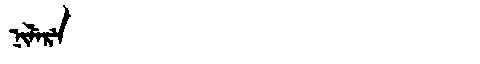
Manchu: ᠨᡳᠯᡝᡵᡝ
Romanization: NILERE